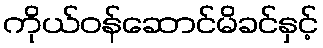
ကိုယ်ဝန်ဆောင်မိခင်နှင့်